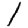
Digit: 1